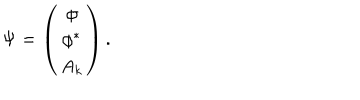
LaTeX: \Psi = \left( \begin{array} { c } { { \phi } } \\ { { \phi ^ { \ast } } } \\ { { A _ { k } } } \\ \end{array} \right) .